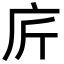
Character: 庍